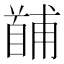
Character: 𩠤